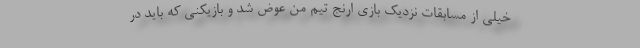
خیلی از مسابقات نزدیک بازی ارنج تیم من عوض شد و بازیکنی که باید در